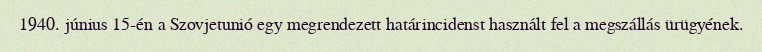
1940. június 15-én a Szovjetunió egy megrendezett határincidenst használt fel a megszállás ürügyének.